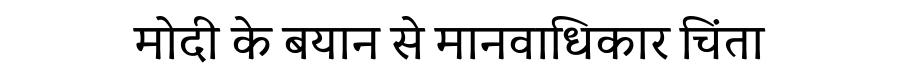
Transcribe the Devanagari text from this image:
मोदी के बयान से मानवाधिकार चिंता